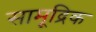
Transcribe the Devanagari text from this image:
सामूद्रिक